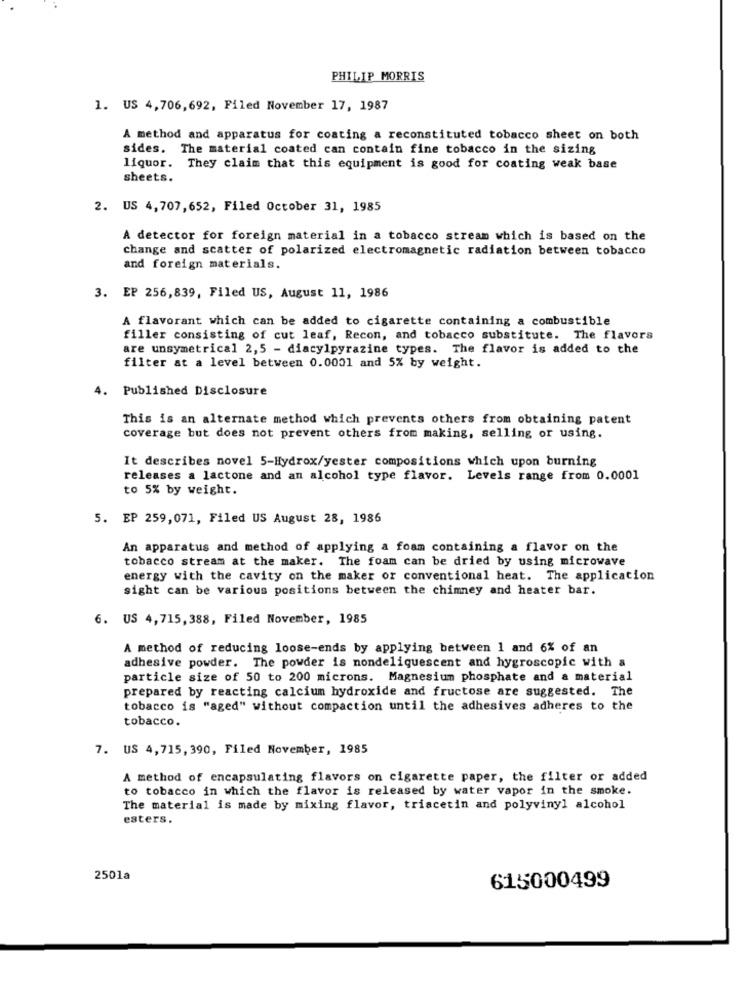
PHILIP MORRIS
1. US 4,706,692, Filed November 17, 1987
A method and apparatus for coating a reconstituted tobacco sheet on both
sides. The material coated can contain fine tobacco in the sizing
liquor. They claim that this equipment is good for coating weak base
sheets.
2. US 4,707,652, Filed October 31, 1985
A detector for foreign material in a tobacco stream which is based on the
change and scatter of polarized electromagnetic radiation between tobacco
and foreign materials.
3. EP 256,839, Filed US, August 11, 1986
A flavorant which can be added to cigarette containing a combustible
filler consisting of cut leaf, Recon, and tobacco substitute. The flavors
are unsymetrical 2,5 - diacylpyrazine types. The flavor is added to the
filter at a level between 0.0001 and 5% by weight.
4.
Published Disclosure
This is an alternate method which prevents others from obtaining patent
coverage but does not prevent others from making, selling or using.
It describes novel 5-Hydrox/yester compositions which upon burning
releases a lactone and an alcohol type flavor. Levels range from 0.0001
to 5% by weight.
5. EP 259,071, Filed US August 28, 1986
An apparatus and method of applying a foam containing a flavor on the
tobacco stream at the maker. The foam can be dried by using microwave
energy with the cavity on the maker or conventional heat. The application
sight can be various positions between the chimney and heater bar.
6. US 4,715,388, Filed November, 1985
A method of reducing loose-ends by applying between 1 and 6% of an
adhesive powder. The powder is nondeliquescent and hygroscopic with a
particle size of 50 to 200 microns. Magnesium phosphate and a material
prepared by reacting calcium hydroxide and fructose are suggested. The
tobacco is "aged" without compaction until the adhesives adheres to the
tobacco.
7. US 4,715, 390, Filed November, 1985
A method of encapsulating flavors on cigarette paper, the filter or added
to tobacco in which the flavor is released by water vapor in the smoke.
The material is made by mixing flavor, triacetin and polyvinyl alcohol
esters.
2501a
615000499